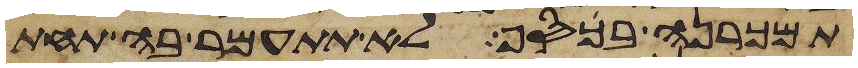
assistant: תמכרנה בכסף לא תתעמר בה תחת